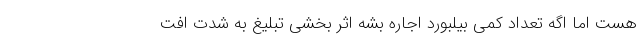
هست اما اگه تعداد کمی بیلبورد اجاره بشه اثر بخشی تبلیغ به شدت افت